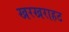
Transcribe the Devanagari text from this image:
खरखराहट